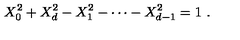
X _ { 0 } ^ { 2 } + X _ { d } ^ { 2 } - X _ { 1 } ^ { 2 } - \cdots - X _ { d - 1 } ^ { 2 } = 1 \ .